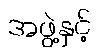
အဖွဲ့နှင့်